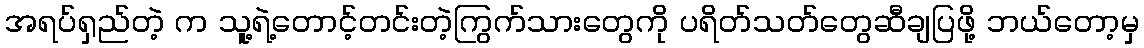
အရပ်ရှည်တဲ့ က သူ့ရဲ့တောင့်တင်းတဲ့ကြွက်သားတွေကို ပရိတ်သတ်တွေဆီချပြဖို့ ဘယ်တော့မှ